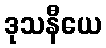
ဒုသနီယေ